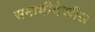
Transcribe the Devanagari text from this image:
समाधीदेखील